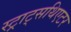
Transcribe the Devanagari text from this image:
स्ट्राट्सथिएटर